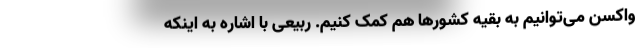
واکسن می‌توانیم به بقیه کشورها هم کمک کنیم. ربیعی با اشاره به اینکه